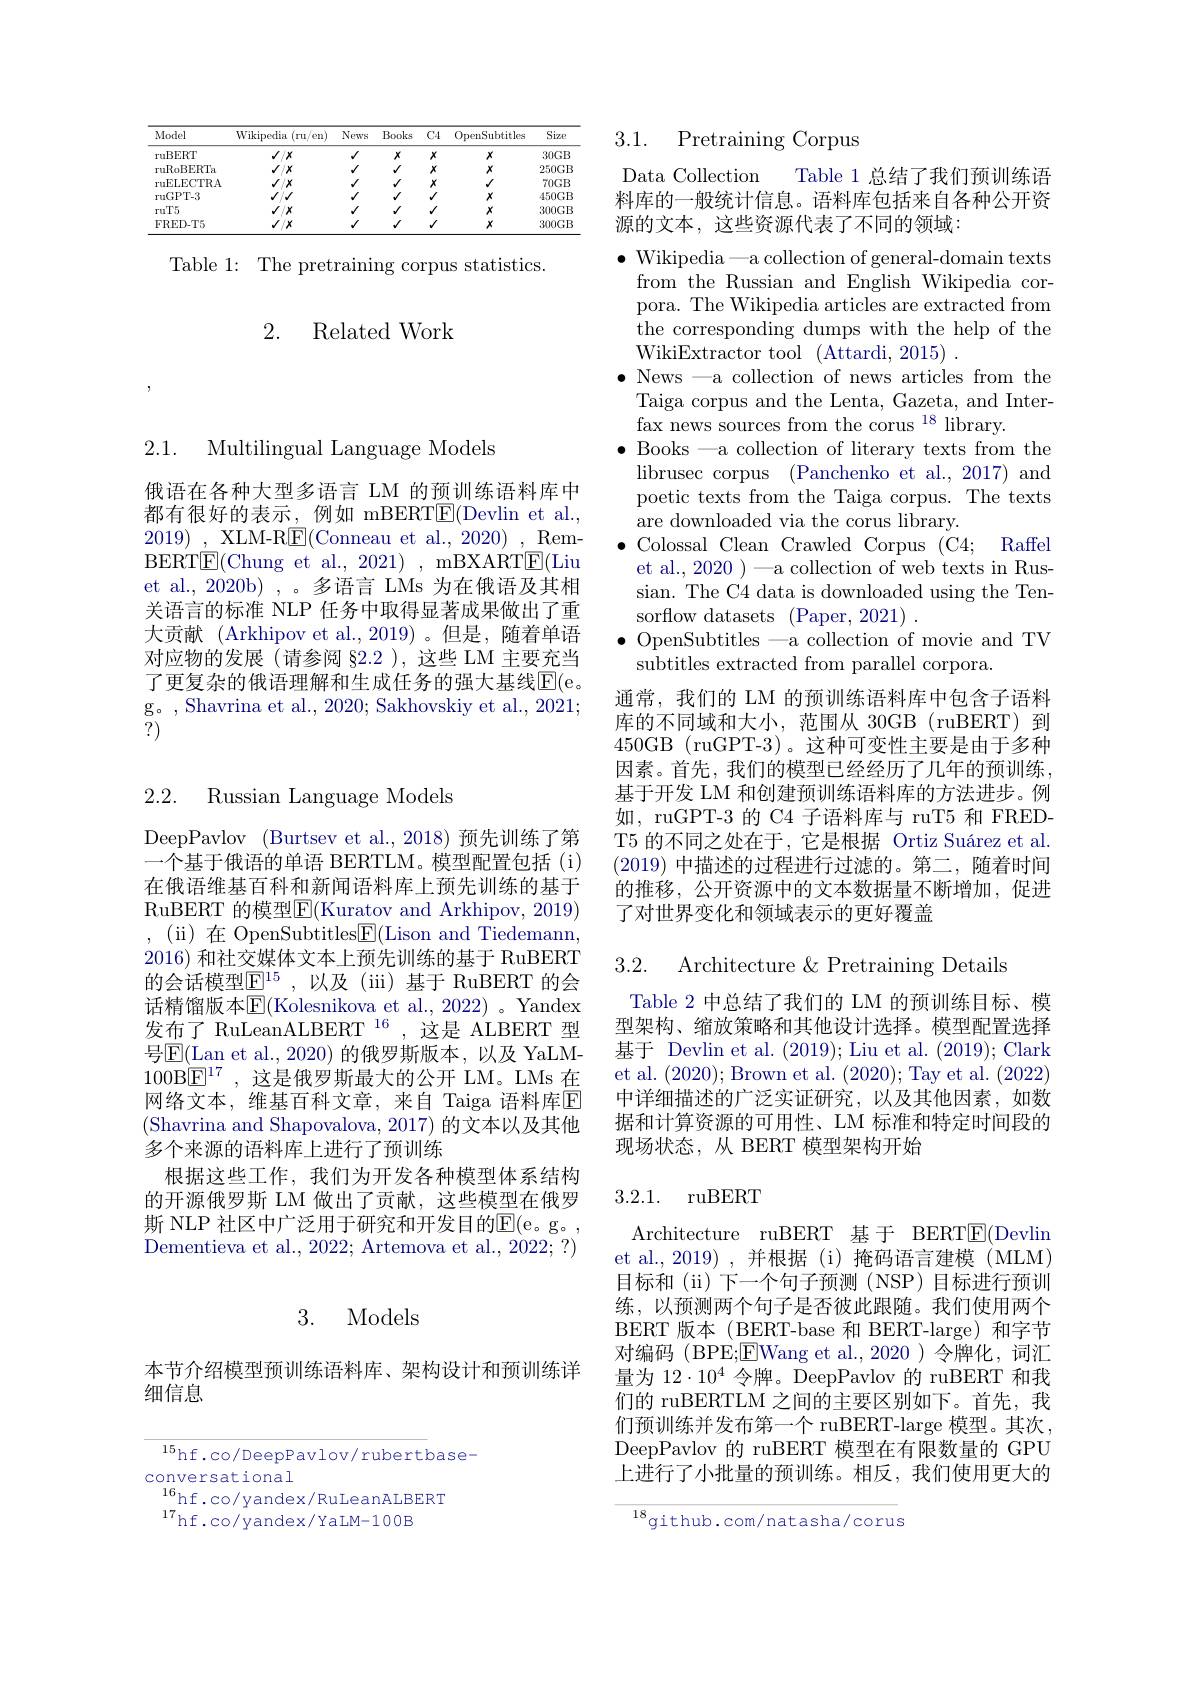
<table>
	<tbody>
		<tr>
			<th>Model</th>
			<th>Wikipedia $(\operatorname{ru}/\operatorname{en})$</th>
			<th>News</th>
			<th>Books</th>
			<th>$C4$</th>
			<th>OpenSubtitles</th>
			<th>Size</th>
		</tr>
		<tr>
			<td>ruBERT</td>
			<td>$J/X$</td>
			<td>$√$</td>
			<td>$x$</td>
			<td>$x$</td>
			<td>$x$</td>
			<td>$30GB$</td>
		</tr>
		<tr>
			<td>ruRoBERTa</td>
			<td>$J/x$</td>
			<td>$√$</td>
			<td>$√$</td>
			<td>$x$</td>
			<td>$x$</td>
			<td>$250GB$</td>
		</tr>
		<tr>
			<td>ruELECTRA</td>
			<td>$J/x$</td>
			<td>$√$</td>
			<td>$√$</td>
			<td>$x$</td>
			<td>$√$</td>
			<td>$70GB$</td>
		</tr>
		<tr>
			<td>ruGPT-3</td>
			<td>1 $A_{1}$</td>
			<td>$√$</td>
			<td>$√$</td>
			<td>$√$</td>
			<td>$x$</td>
			<td>$450GB$</td>
		</tr>
		<tr>
			<td>ruT5</td>
			<td>$J/x$</td>
			<td>$√$</td>
			<td>$√$</td>
			<td>$√$</td>
			<td>$x$</td>
			<td>300GB</td>
		</tr>
		<tr>
			<td>FRED-T5</td>
			<td>$√/x$</td>
			<td>$√$</td>
			<td>$√$</td>
			<td>$√$</td>
			<td>$x$</td>
			<td>300GB</td>
		</tr>
	</tbody>
</table>

Table 1: The pretraining corpus statistics.

## 2. Related Work

2.1. Multilingual Language Models

俄语在各种大型多语言 LM 的预训练语料库中都有很好的表示，例如 mBERT$\underline{\mathrm{F}}($Devlin et al., 2019) , XLM-R$\boxed{\mathrm{F}}($Conneau et al.,2020) , RemBERT$\underline{\mathrm{E}}($Chung et al., 2021) , mBXART$\underline{\mathrm{E}}($Liu et al., 2020b) , 。多语言 LMs 为在俄语及其相关语言的标准 NLP 任务中取得显著成果做出了重大贡献 (Arkhipov et al.,2019)。但是，随着单语对应物的发展(请参阅 §2.2 ),这些 LM 主要充当了更复杂的俄语理解和生成任务的强大基线$\mathbb{E}($e。g。, Shavrina et al., 2020; Sakhovskiy et al., 2021; ?)

2.2. Russian Language Models

DeepPavlov (Burtsev et al.,2018)预先训练了第一个基于俄语的单语 BERTLM。模型配置包括(i) 在俄语维基百科和新闻语料库上预先训练的基于RuBERT 的模型$\boxed{\mathrm{F}}($Kuratov and Arkhipov, 2019) ,(ii)在 OpenSubtitles$\boxed{\mathrm{F}}($Lison and Tiedemann, $2016)\dot{\text{ 和社交媒体文本上预先训练的基于 RuBERT}}$ 的会话模型$\mathbb{E}^{15}$,以及(iii)基于 RuBERT 的会$话 精 馏 版 本 [ LBOS]$E(Kolesnikova et al., 2022) $。Yandex 发布了 RuLeanALBERT $^{16}$ ,这是 ALBERT 型号$\boxed{\mathrm{E}}($Lan et al.,2020)的俄罗斯版本，以及 YaLM- 100B$\boxed{\mathrm{F}}^{17}$,这是俄罗斯最大的公开 LM。LMs 在网络文本，维基百科文章，来自 Taiga 语料库$\mathbb{E}$ (Shavrina and Shapovalova, 2017) 的文本以及其他多个来源的语料库上进行了预训练
根据这些工作，我们为开发各种模型体系结构的开源俄罗斯 LM 做出了贡献，这些模型在俄罗斯 NLP 社区中广泛用于研究和开发目的E( e。g。, Dementieva et al., 2022; Artemova et al., 2022; ?)

### 3. Models

本节介绍模型预训练语料库、架构设计和预训练详
细信息

${^{15}\mathrm{hf.co/DeepPavlov/rubert}}$base-
conversational
$\begin{array}{c}{16}\\{\mathrm{hf.co/yandex/RuLeanALBERT}}\\{17}\end{array}$
$^{17}$hf.co/yandex/YaLM-100B

3.1.

Pretraining Corpus

Table 1 总结了我们预训练语
Data Collection
料库的一般统计信息。语料库包括来自各种公开资
源的文本，这些资源代表了不同的领域：

$\bullet$ Colossal Clean Crawled Corpus (C4; Raffel
et al., 2020 ) —a collection of web texts in Rus-

$\bullet$ Wikipedia—a collection of general-domain texts from the Russian and English Wikipedia corpora. The Wikipedia articles are extracted from the corresponding dumps with the help of the WikiExtractor tool (Attardi, 2015) .
$\bullet$ News —a collection of news articles from the
Taiga corpus and the Lenta, Gazeta, and Inter-
fax news sources from the corus $^{18}$ library.
$\bullet$ Books -a collection of literary texts from the librusec corpus (Panchenko et al., 2017) and poetic texts from the Taiga corpus. The texts are downloaded via the corus library.
sian. The C4 data is downloaded using the Ten-
sorflow datasets (Paper, 2021) .
$\bullet$ OpenSubtitles —a collection of movie and TV
subtitles extracted from parallel corpora.
通常，我们的 LM 的预训练语料库中包含子语料库的不同域和大小，范围从 30GB (ruBERT)到450GB (ruGPT-3)。这种可变性主要是由于多种因素。首先，我们的模型已经经历了几年的预训练， 基于开发 LM 和创建预训练语料库的方法进步。例如，ruGPT-3 的 C4 子语料库与 ruT5 和 FREDT5 的不同之处在于，它是根据 Ortiz Suárez et al. (2019)中描述的过程进行过滤的。第二，随着时间的推移，公开资源中的文本数据量不断增加，促进了对世界变化和领域表示的更好覆盖

3.2. Architecture &Pretraining Details

Table 2 中总结了我们的 LM 的预训练目标、模型架构、缩放策略和其他设计选择。模型配置选择基于 Devlin et al.(2019); Liu et al.(2019); Clark et al. (2020);Brown et al. (2020);Tay et al.(2022) 中详细描述的广泛实证研究，以及其他因素，如数据和计算资源的可用性、LM 标准和特定时间段的现场状态，从 BERT 模型架构开始

### 3.2.1. ruBERT

Architecture ruBERT 基于 BERT$\boxed{\mathrm{E}}($Devlin et al., 2019), 并根据 (i) 掩码语言建模 (MLM) 目标和(ii)下一个句子预测(NSP)目标进行预训练，以预测两个句子是否彼此跟随。我们使用两个BERT 版本 (BERT-base 和 BERT-large) 和字节对编码(BPE;$\boxed{\mathrm{E} }$Wang et al. , 2020) 令 牌 化 , 词 汇 量为$12\cdot10^4$令牌。DeepPavlov 的 ruBERT 和我们的 ruBERTLM 之间的主要区别如下。首先，我们预训练并发布第一个 ruBERT-large 模型。其次， DeepPavlov 的 ruBERT 模型在有限数量的 GPU 上进行了小批量的预训练。相反，我们使用更大的

$^{18}$github.com/natasha/corus